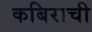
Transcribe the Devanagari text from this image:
कबिराची